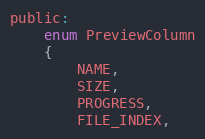
Language: C
public:
    enum PreviewColumn
    {
        NAME,
        SIZE,
        PROGRESS,
        FILE_INDEX,